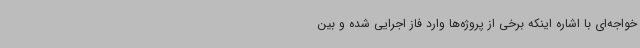
خواجه‌ای با اشاره اینکه برخی از پروژه‌ها وارد فاز اجرایی شده و بین